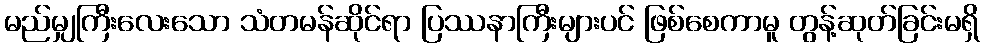
မည်မျှကြီးလေးသော သံတမန်ဆိုင်ရာ ပြဿနာကြီးများပင် ဖြစ်စေကာမူ တွန့်ဆုတ်ခြင်းမရှိ